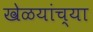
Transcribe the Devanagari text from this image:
खेळयांच्या